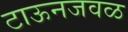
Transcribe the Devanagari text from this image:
टाऊनजवळ